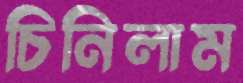
চিনিলাম